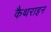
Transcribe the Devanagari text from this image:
कैथराइन